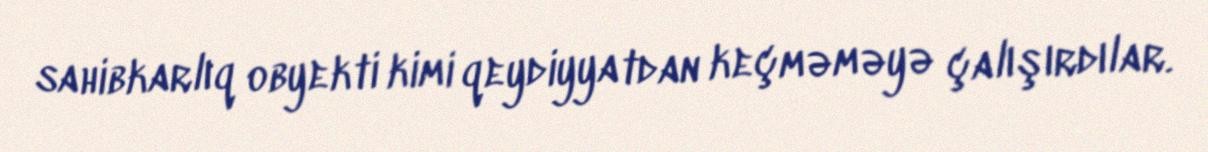
sahibkarlıq obyekti kimi qeydiyyatdan keçməməyə çalışırdılar.